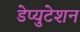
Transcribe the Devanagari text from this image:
डेप्युटेशन